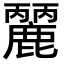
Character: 𪋘